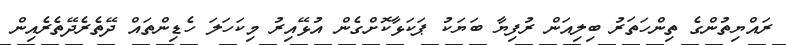
ރައްޔިތުންގެ ތިންހަތަރު ބިލިއަން ރުފިޔާ ބަޔަކު ޕަކަޅާކޮށްގެން އުޅޭއިރު މިކަހަލަ ހެޑިންތައް ދޭތެރެދޭތެރެއިން